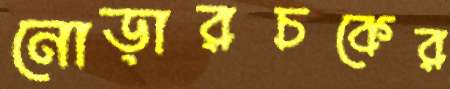
নোড়ারচকের